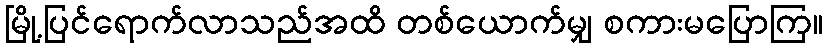
မြို့ပြင်ရောက်လာသည်အထိ တစ်ယောက်မျှ စကားမပြောကြ။